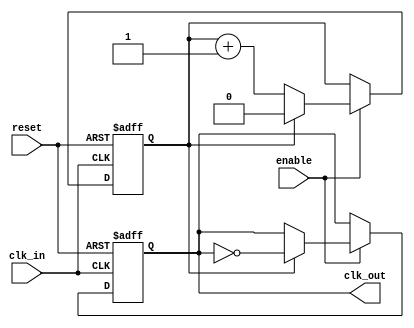
module clk_divider #(
    parameter DIV_FACTOR = 2 // Default division factor
)(
    input wire clk_in,      // Input clock signal
    input wire reset,       // Asynchronous reset signal
    input wire enable,      // Enable signal
    output reg clk_out      // Output clock signal
);

    // Internal counter
    reg [$clog2(DIV_FACTOR)-1:0] counter = 0;

    always @(posedge clk_in or posedge reset) begin
        // Asynchronous reset
        if (reset) begin
            counter <= 0;
            clk_out <= 1'b0; // Initialize clk_out to low on reset
        end
        else if (enable) begin
            // Increment counter
            if (counter == (DIV_FACTOR - 1)) begin
                clk_out <= ~clk_out; // Toggle the output clock
                counter <= 0;        // Reset the counter
            end
            else begin
                counter <= counter + 1; // Increment the counter
            end
        end
    end

endmodule